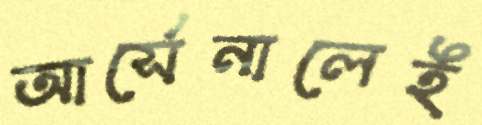
আর্সেনালেই